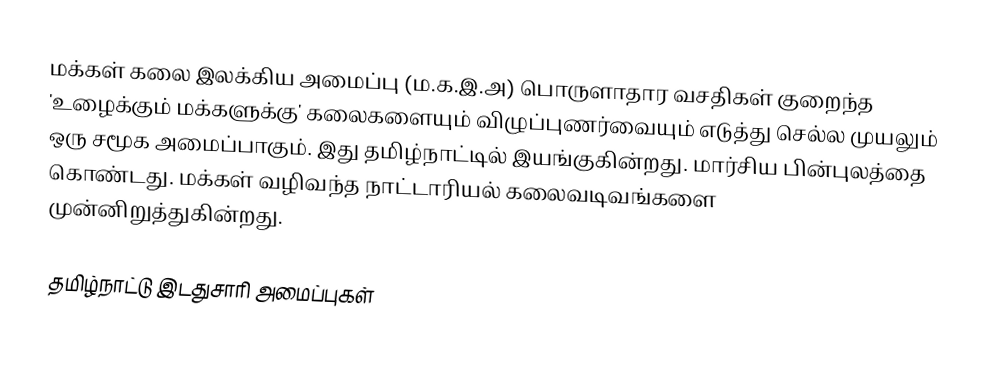
மக்கள் கலை இலக்கிய அமைப்பு (ம.க.இ.அ) பொருளாதார வசதிகள் குறைந்த 'உழைக்கும் மக்களுக்கு' கலைகளையும் விழுப்புணர்வையும் எடுத்து செல்ல முயலும் ஒரு சமூக அமைப்பாகும்.  இது தமிழ்நாட்டில் இயங்குகின்றது.  மார்சிய பின்புலத்தை கொண்டது.  மக்கள் வழிவந்த நாட்டாரியல் கலைவடிவங்களை முன்னிறுத்துகின்றது.

தமிழ்நாட்டு இடதுசாரி அமைப்புகள்